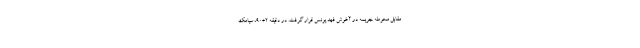
مقابل محوطه جریمه در آغوش فهد یونس قرار گرفت. در دقیقه ۲+۹۰، سیامک